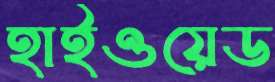
হাইওয়েড